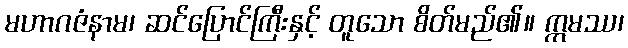
မဟာဂဇံနာမ၊ ဆင်ပြောင်ကြီးနှင့် တူသော စိတ်မည်၏။ ဣမဿ၊